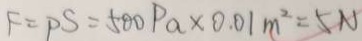
F = P S = 5 0 0 P a \times 0 . 0 1 m ^ { 2 } = 5 N